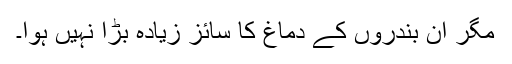
مگر ان بندروں کے دماغ کا سائز زیادہ بڑا نہیں ہوا۔